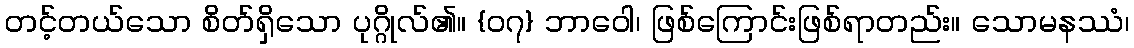
တင့်တယ်သော စိတ်ရှိသော ပုဂ္ဂိုလ်၏။ {၀၇} ဘာဝေါ၊ ဖြစ်ကြောင်းဖြစ်ရာတည်း။ သောမနဿံ၊